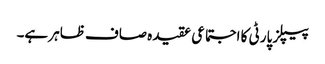
پیپلز پارٹی کا اجتماعی عقیدہ صاف ظاہر ہے۔